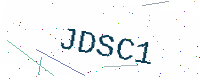
Text: JDSC1